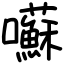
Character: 囌